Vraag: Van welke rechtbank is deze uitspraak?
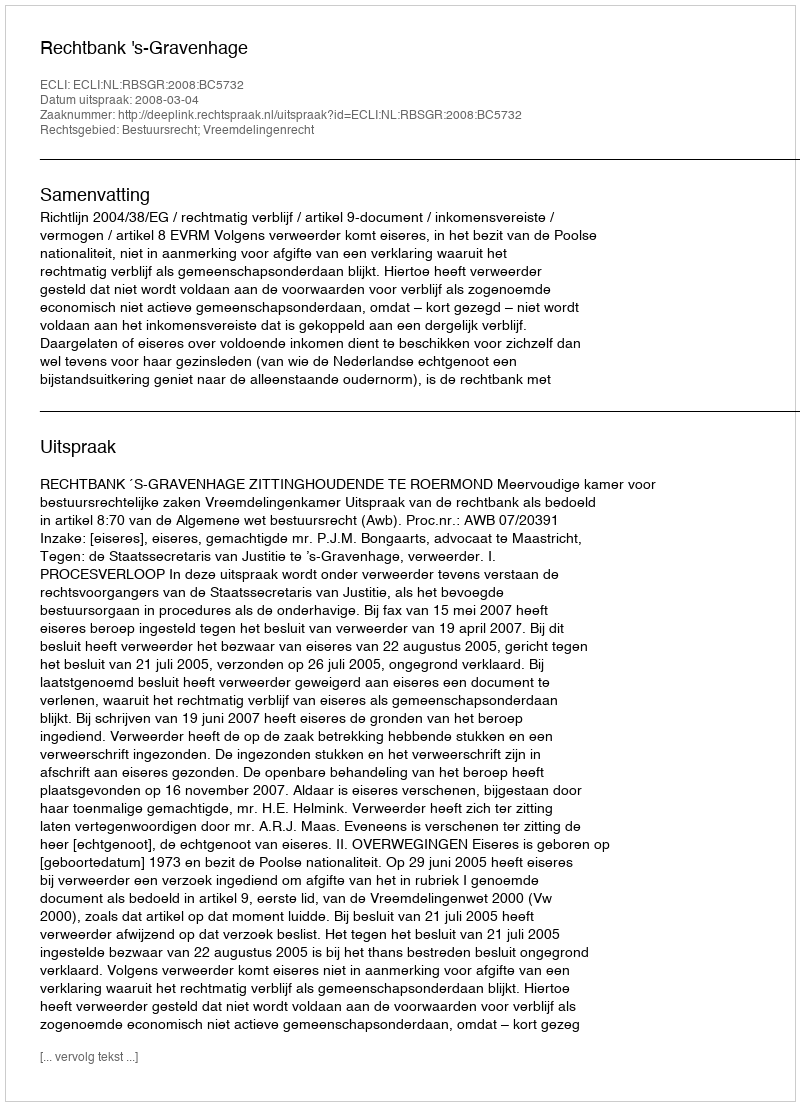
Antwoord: Rechtbank 's-Gravenhage